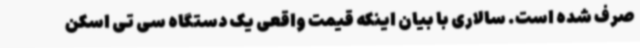
صرف شده است. سالاری با بیان اینکه قیمت واقعی یک دستگاه سی تی اسکن